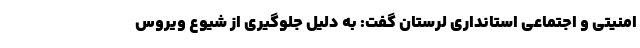
امنیتی و اجتماعی استانداری لرستان گفت: به دلیل جلوگیری از شیوع ویروس